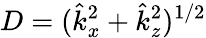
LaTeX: D=(\hat{k}_{x}^{2}+\hat{k}_{z}^{2})^{1/2}